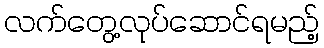
လက်တွေ့လုပ်ဆောင်ရမည့်